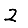
Digit: 2